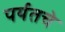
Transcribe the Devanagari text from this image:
पर्यतचे